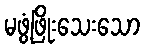
မဖွံ့ဖြိုးသေးသော